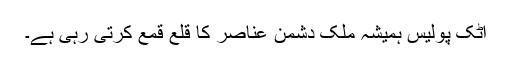
اٹک پولیس ہمیشہ ملک دشمن عناصر کا قلع قمع کرتی رہی ہے۔